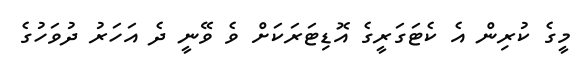
މީގެ ކުރިން އެ ކެޓަގަރީގެ އޮޑިޓަރަކަށް ވެ ވޭނީ ދެ އަހަރު ދުވަހުގެ